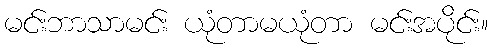
မင်းဘာသာမင်း ယုံတာမယုံတာ မင်းအပိုင်း။